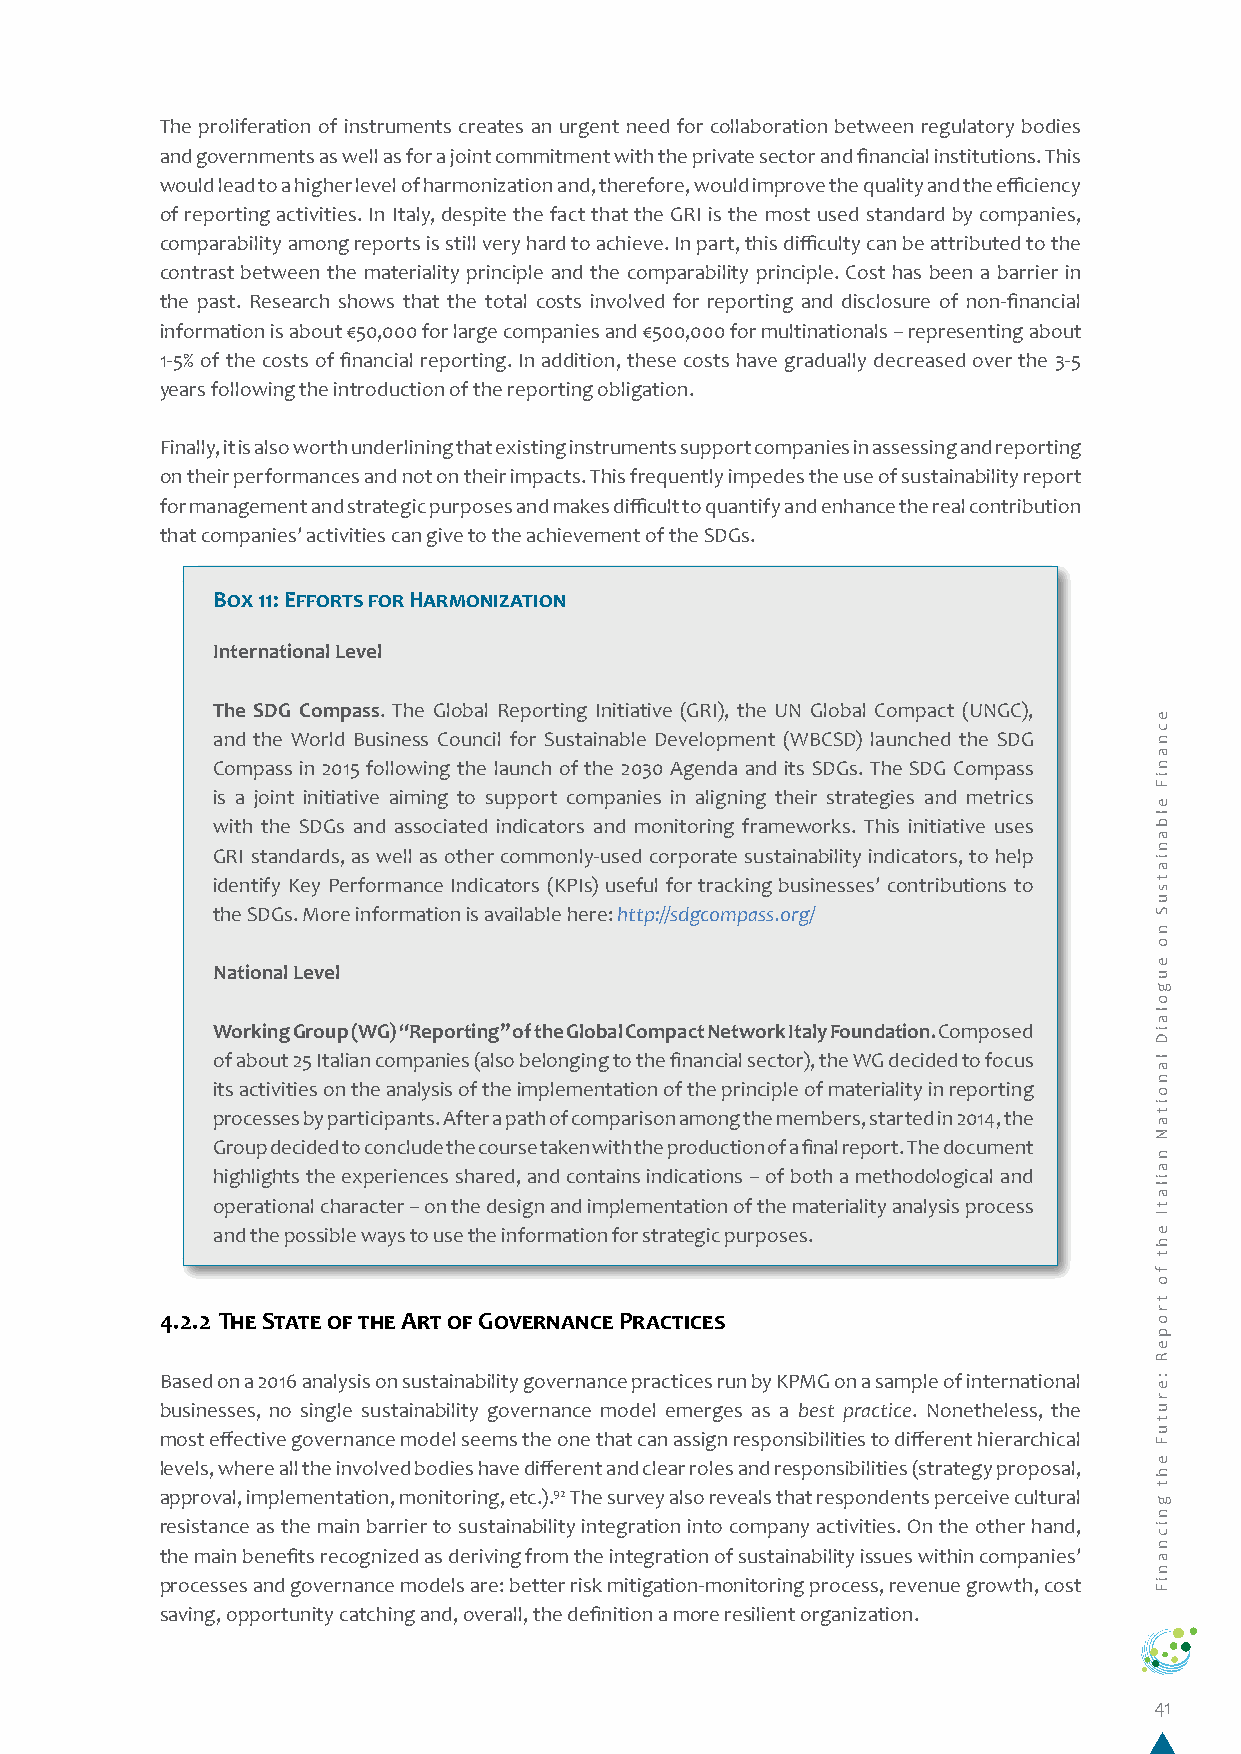
The proliferation of instruments creates an urgent need for collaboration between regulatory bodies
 and governments as well as for a joint commitment with the private sector and financial institutions. This
 would lead to a higher level of harmonization and, therefore, would improve the quality and the efficiency
 of reporting activities. In Italy, despite the fact that the GRI is the most used standard by companies,
 comparability among reports is still very hard to achieve. In part, this difficulty can be attributed to the
 contrast between the materiality principle and the comparability principle. Cost has been a barrier in
 the past. Research shows that the total costs involved for reporting and disclosure of non-financial
 information is about €50,000 for large companies and €500,000 for multinationals – representing about
 1-5% of the costs of financial reporting. In addition, these costs have gradually decreased over the 3-5
 years following the introduction of the reporting obligation.
 Finally, it is also worth underlining that existing instruments support companies in assessing and reporting
 on their performances and not on their impacts. This frequently impedes the use of sustainability report
 for management and strategic purposes and makes difficult to quantify and enhance the real contribution
 that companies’ activities can give to the achievement of the SDGs.
 Box 11: Efforts for Harmonization
 International Level
 The SDG Compass. The Global Reporting Initiative (GRI), the UN Global Compact (UNGC),
 and the World Business Council for Sustainable Development (WBCSD) launched the SDG
 Compass in 2015 following the launch of the 2030 Agenda and its SDGs. The SDG Compass
 is a joint initiative aiming to support companies in aligning their strategies and metrics
 with the SDGs and associated indicators and monitoring frameworks. This initiative uses
 GRI standards, as well as other commonly-used corporate sustainability indicators, to help
 identify Key Performance Indicators (KPIs) useful for tracking businesses’ contributions to
 the SDGs. More information is available here: http://sdgcompass.org/
 National Level
 Working Group (WG) “Reporting” of the Global Compact Network Italy Foundation. Composed
 of about 25 Italian companies (also belonging to the financial sector), the WG decided to focus
 its activities on the analysis of the implementation of the principle of materiality in reporting
 processes by participants. After a path of comparison among the members, started in 2014, the
 Group decided to conclude the course taken with the production of a final report. The document
 highlights the experiences shared, and contains indications – of both a methodological and
 operational character – on the design and implementation of the materiality analysis process
 and the possible ways to use the information for strategic purposes.
 4.2.2 The State of the Art of Governance Practices
 Based on a 2016 analysis on sustainability governance practices run by KPMG on a sample of international
 businesses, no single sustainability governance model emerges as a best practice. Nonetheless, the
 most effective governance model seems the one that can assign responsibilities to different hierarchical
 levels, where all the involved bodies have different and clear roles and responsibilities (strategy proposal,
 approval, implementation, monitoring, etc.).92 The survey also reveals that respondents perceive cultural
 resistance as the main barrier to sustainability integration into company activities. On the other hand,
 the main benefits recognized as deriving from the integration of sustainability issues within companies’
 processes and governance models are: better risk mitigation-monitoring process, revenue growth, cost
 saving, opportunity catching and, overall, the definition a more resilient organization.
 41
 ecnaniF
 elbaniatsuS
 no
 eugolaiD
 lanoitaN
 nailatI
 eht
 fo
 tropeR
 :erutuF
 eht
 gnicnaniF